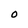
Character: O